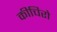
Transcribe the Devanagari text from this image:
कीचिरो